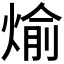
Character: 𪹊